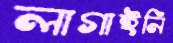
লাগাইনি